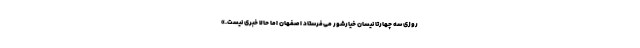
روزی سه چهارتا نیسان خیارشور می‌فرستاد اصفهان اما حالا خبری نیست.»